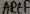
Text: AREF